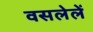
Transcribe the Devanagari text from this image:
वसलेलें